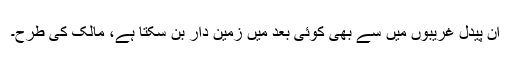
ان پیدل غریبوں میں سے بھی کوئی بعد میں زمین دار بن سکتا ہے، مالک کی طرح۔